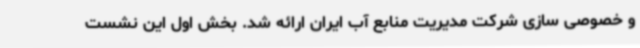
و خصوصی سازی شرکت مدیریت منابع آب ایران ارائه شد. بخش اول این نشست